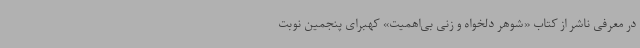
در معرفی ناشر از کتاب «شوهر دلخواه و زنی بی‌اهمیت» کهبرای پنجمین نوبت